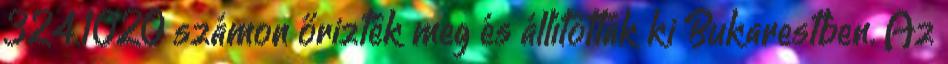
324.1020 számon őrizték meg és állították ki Bukarestben. Az